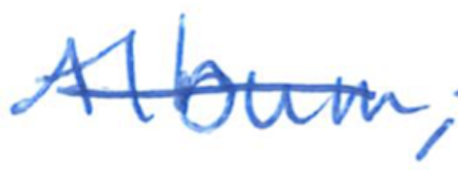
Text: album,
Cross-out: mix
Writing tool: ballpoint